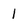
Character: 1